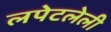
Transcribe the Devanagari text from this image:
लपेटलेली